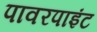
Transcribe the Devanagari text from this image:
पावरपाइंट